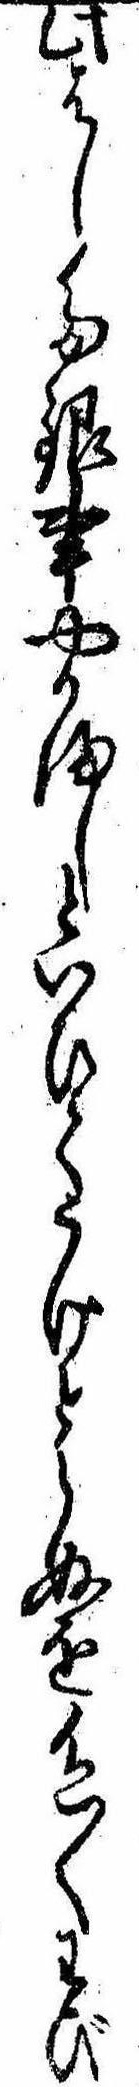
此はした銀事やかましといひてうけとらぬを色〱わび